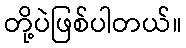
တို့ပဲဖြစ်ပါတယ်။